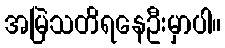
အမြဲသတိရနေဦးမှာပါ။